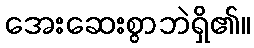
အေးဆေးစွာဘဲရှိ၏။